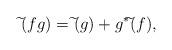
LaTeX: \begin{align*}\widetilde{}(fg)=\widetilde{}(g)+g^*\widetilde{}(f),\end{align*}